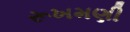
રૂખમણી